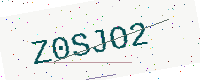
Text: Z0SJO2